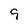
Character: 9